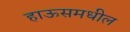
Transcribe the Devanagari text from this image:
हाऊसमधील